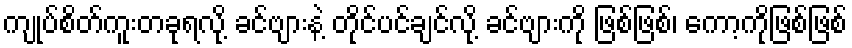
ကျုပ်စိတ်ကူးတခုရလို့ ခင်ဗျားနဲ့ တိုင်ပင်ချင်လို့ ခင်ဗျားကို ဖြစ်ဖြစ်၊ ကော့ကိုဖြစ်ဖြစ်